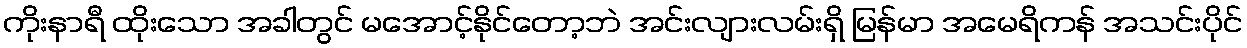
ကိုးနာရီ ထိုးသော အခါတွင် မအောင့်နိုင်တော့ဘဲ အင်းလျားလမ်းရှိ မြန်မာ အမေရိကန် အသင်းပိုင်